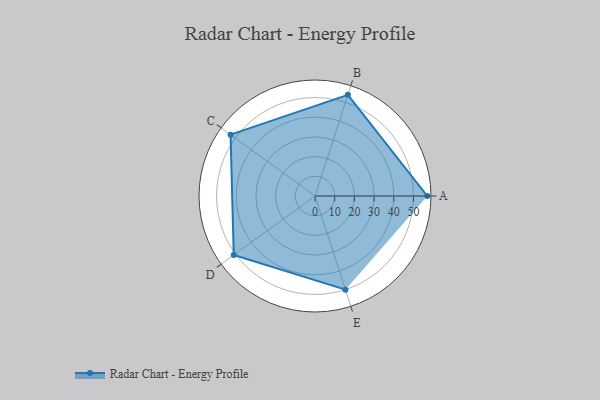
{"axis": {"x": "Skill", "y": "Score"}, "legend": ["Profile"], "data": [{"x": "A", "y": 57.0, "type": "Profile"}, {"x": "B", "y": 54.0, "type": "Profile"}, {"x": "C", "y": 53.0, "type": "Profile"}, {"x": "D", "y": 51.0, "type": "Profile"}, {"x": "E", "y": 50.0, "type": "Profile"}]}